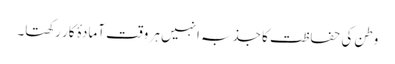
وطن کی حفاظت کا جذبہ انہیں ہر وقت آمادۂ کار رکھتا۔